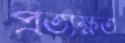
প্রত্যক্ষত